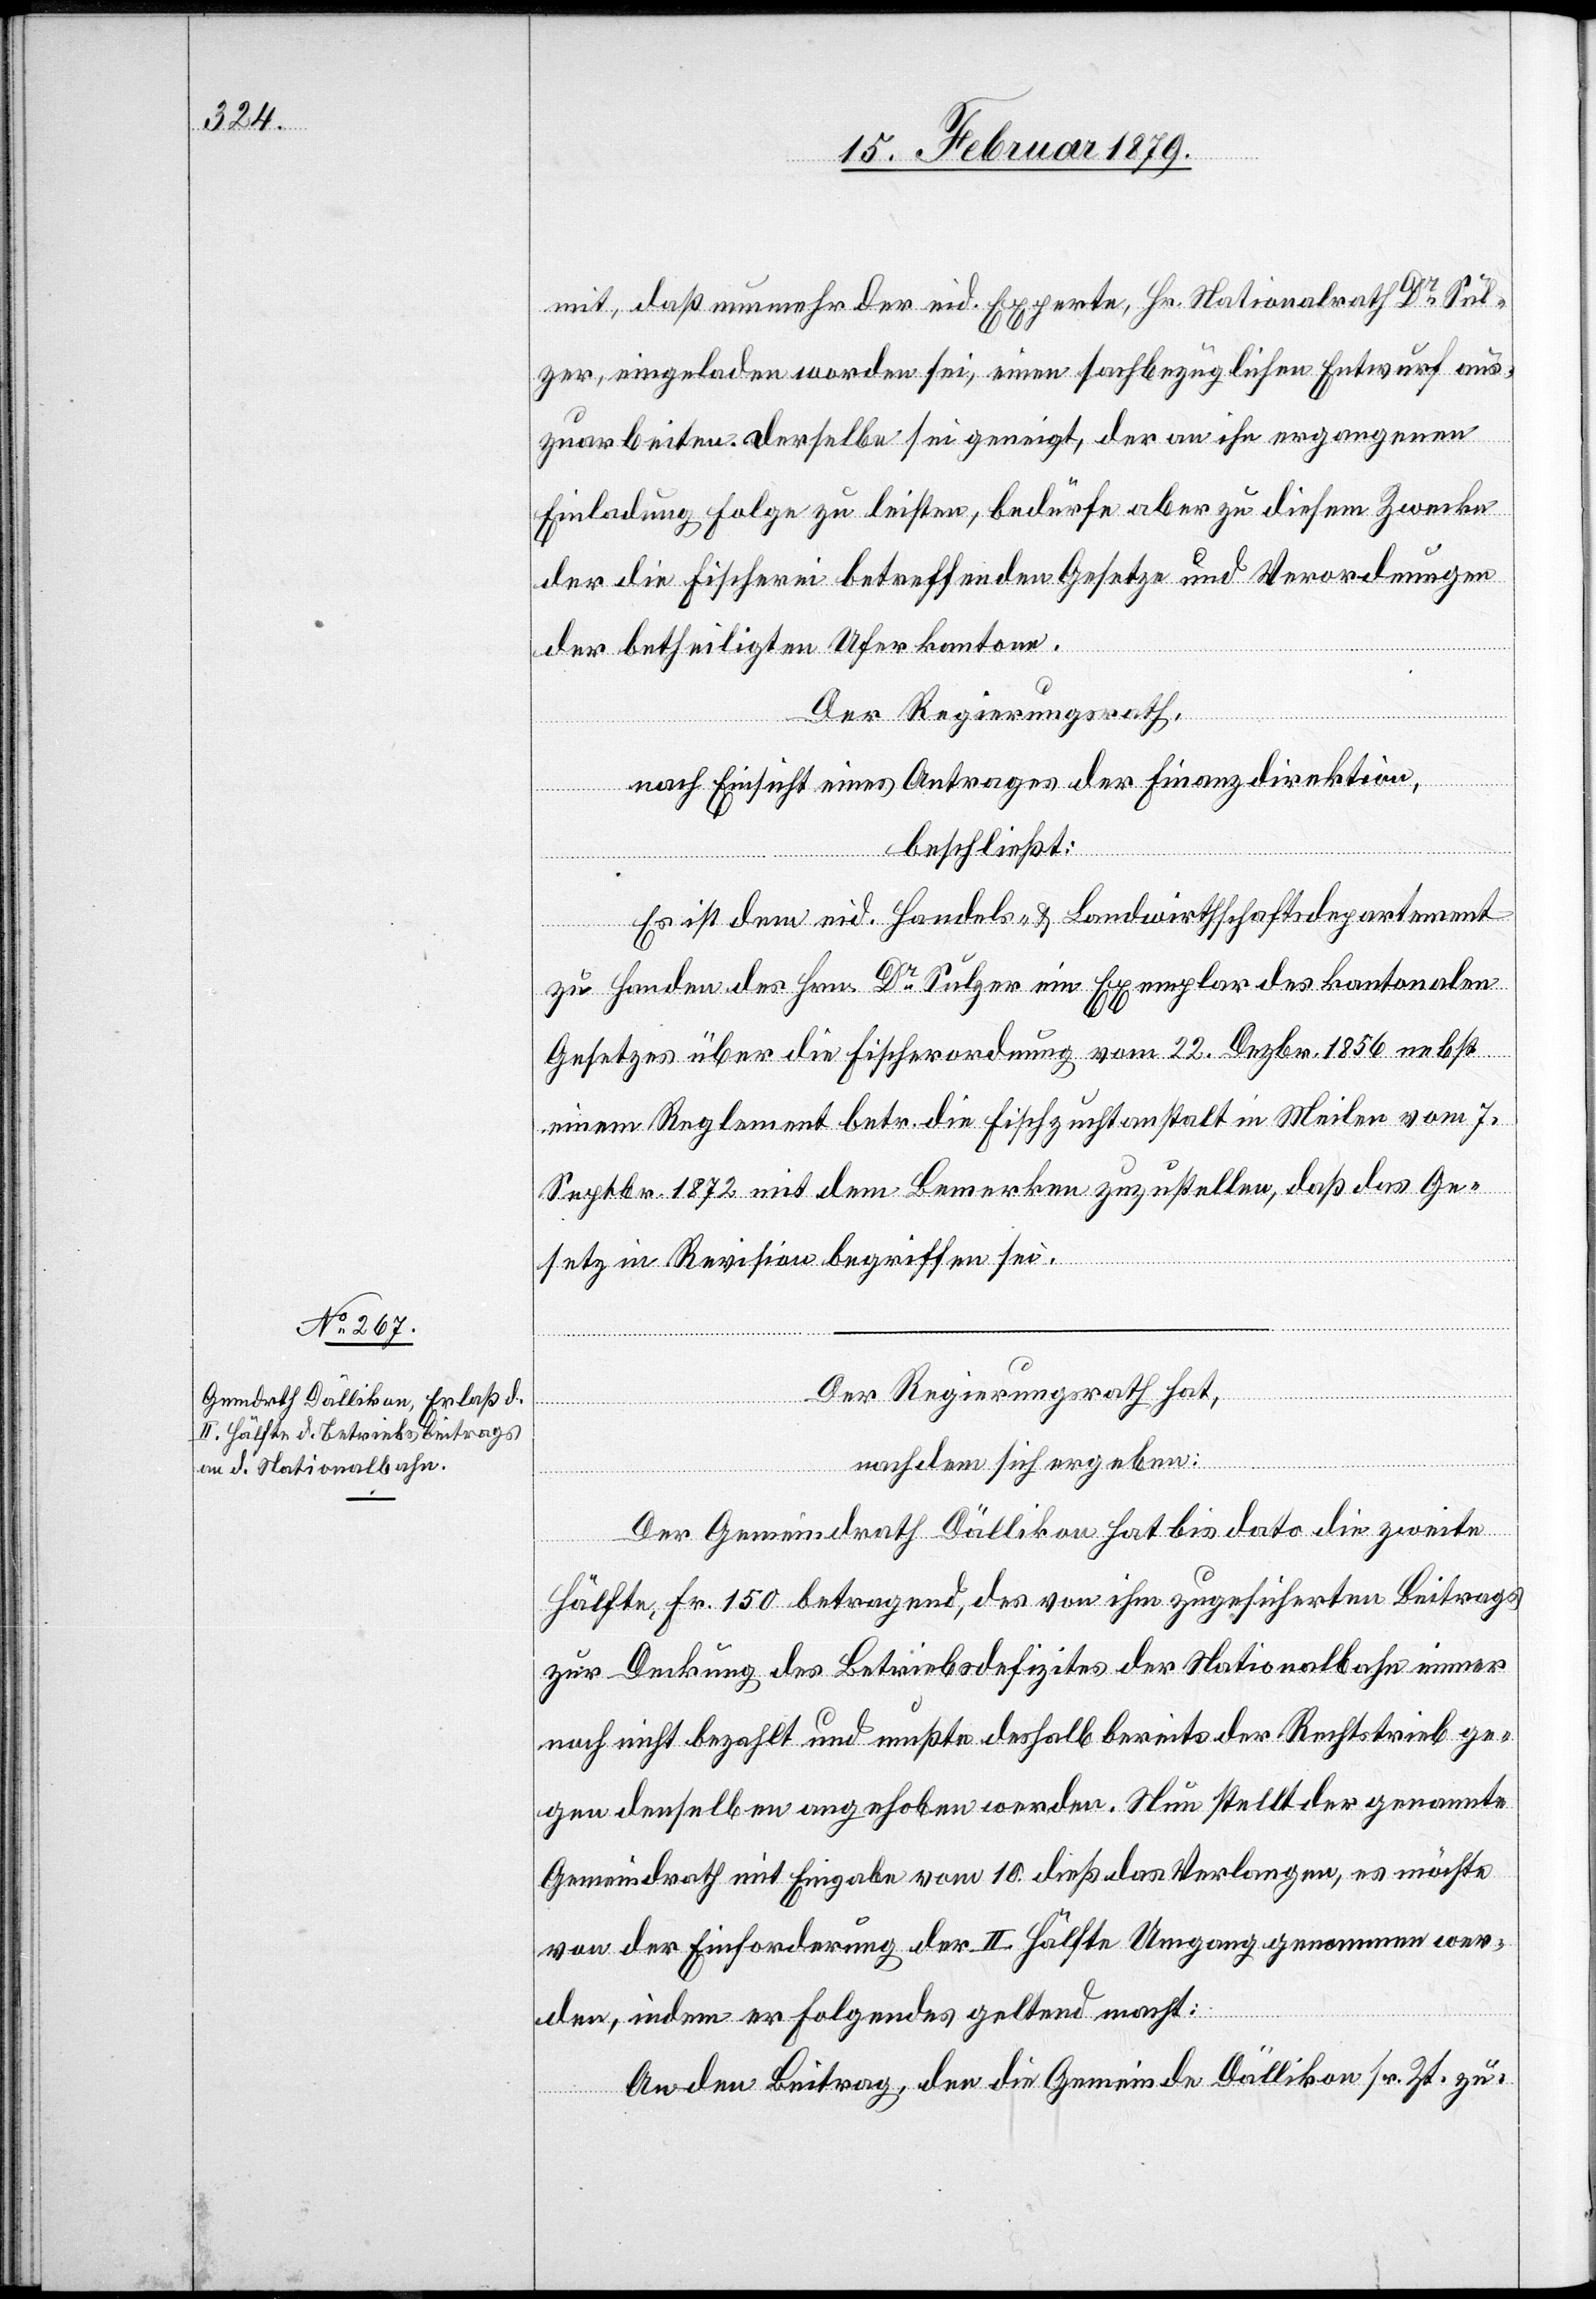
mit, daß nunmehr der eid. Experte, Hr. Nationalrath Dr Sul¬
zer, eingeladen worden sei, einen sachbezüglichen Entwurf aus¬
zuarbeiten. Derselbe sei geneigt, der an ihn ergangenen
Einladung Folge zu leisten, bedürfe aber zu diesem Zwecke
der die Fischerei betreffenden Gesetze und Verordnungen
der betheiligten Uferkantone.
Der Regierungsrath,
nach Einsicht eines Antrages der Finanzdirektion,
beschließt:
Es ist dem eid. Handels- & Landwirthschaftsdepartement
zu Handen des Hrn. Dr Sulzer ein Exemplar des kantonalen
Gesetzes über die Fischerordnung vom 22. Dezbr. 1856 nebst
einem Reglement betr. die Fischzuchtanstalt in Meilen vom 7.
Septbr. 1872 mit dem Bemerken zuzustellen, daß das Ge¬
setz in Revision begriffen sei.
Der Regierungsrath hat,
nachdem sich ergeben:
Der Gemeindrath Dällikon hat bis dato die zweite
Hälfte, Fr. 150 betragend, des von ihm zugesicherten Beitrags
zur Deckung des Betriebsdefizites der Nationalbahn immer
noch nicht bezahlt und mußte deshalb bereits der Rechtstrieb ge¬
gen denselben angehoben werden. Nun stellt der genannte
Gemeindrath mit Eingabe vom 10. dieß das Verlangen, es möchte
von der Einforderung der II. Hälfte Umgang genommen wer¬
den, indem er Folgendes geltend macht:
An den Beitrag, den die Gemeinde Dällikon sr. Zt. zu-